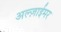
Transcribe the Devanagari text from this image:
अल्ज़ाईमर